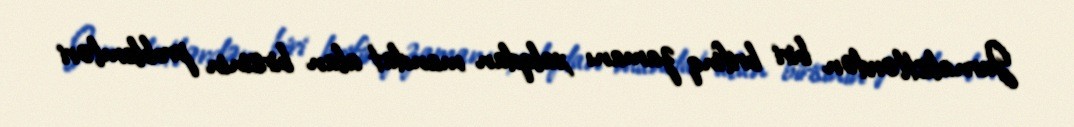
Jurnalistlərdən biri brifinq zamanı xalqdan mandat alan birisinin problemləri